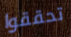
تحققوا